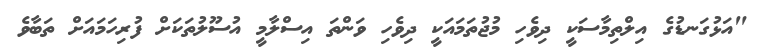
"އަޅުގަނޑުގެ އިލްތިމާސަކީ ދިވެހި މުޖުތަމައަކީ ދިވެހި ވަންތަ އިސްލާމީ އުސޫލުތަކަށް ފުރިހަމައަށް ތަބާވެ